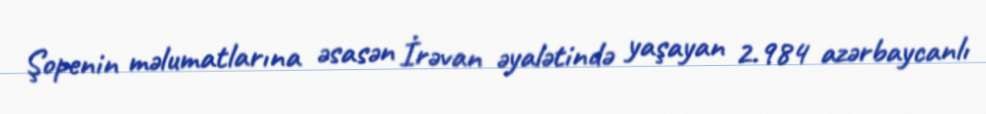
Şopenin məlumatlarına əsasən İrəvan əyalətində yaşayan 2.984 azərbaycanlı